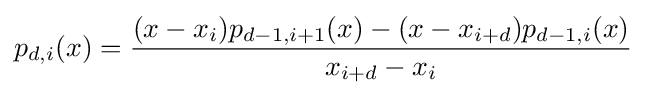
p_{d,i}(x)={\frac {(x-x_{i})p_{d-1,i+1}(x)-(x-x_{i+d})p_{d-1,i}(x)}{x_{i+d}-x_{i}}}